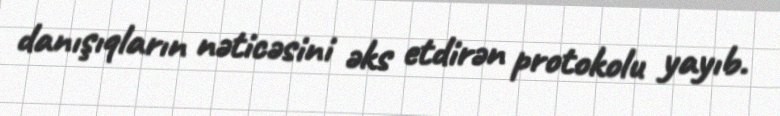
danışıqların nəticəsini əks etdirən protokolu yayıb.